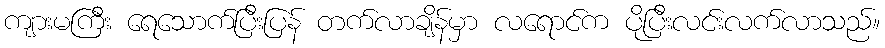
ကျားမကြီး ရေသောက်ပြီးပြန် တက်လာချိန်မှာ လရောင်က ပိုပြီးလင်းလက်လာသည်။